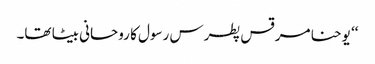
‘‘ یوحنا مرقس پطرس رسول کا روحانی بیٹا تھا۔